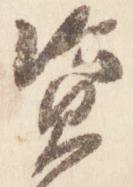
資